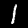
Label: 1